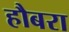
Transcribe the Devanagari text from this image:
हौबरा